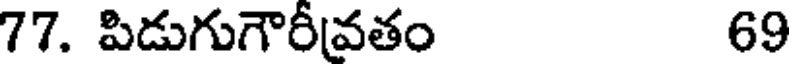
77. పిడుగుగౌరీవతం 69